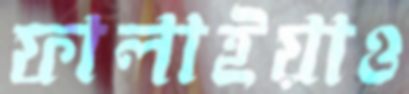
ফালাইয়াও